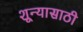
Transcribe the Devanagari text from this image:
शून्यासाठी